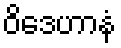
ဝိဒေဟာနံ